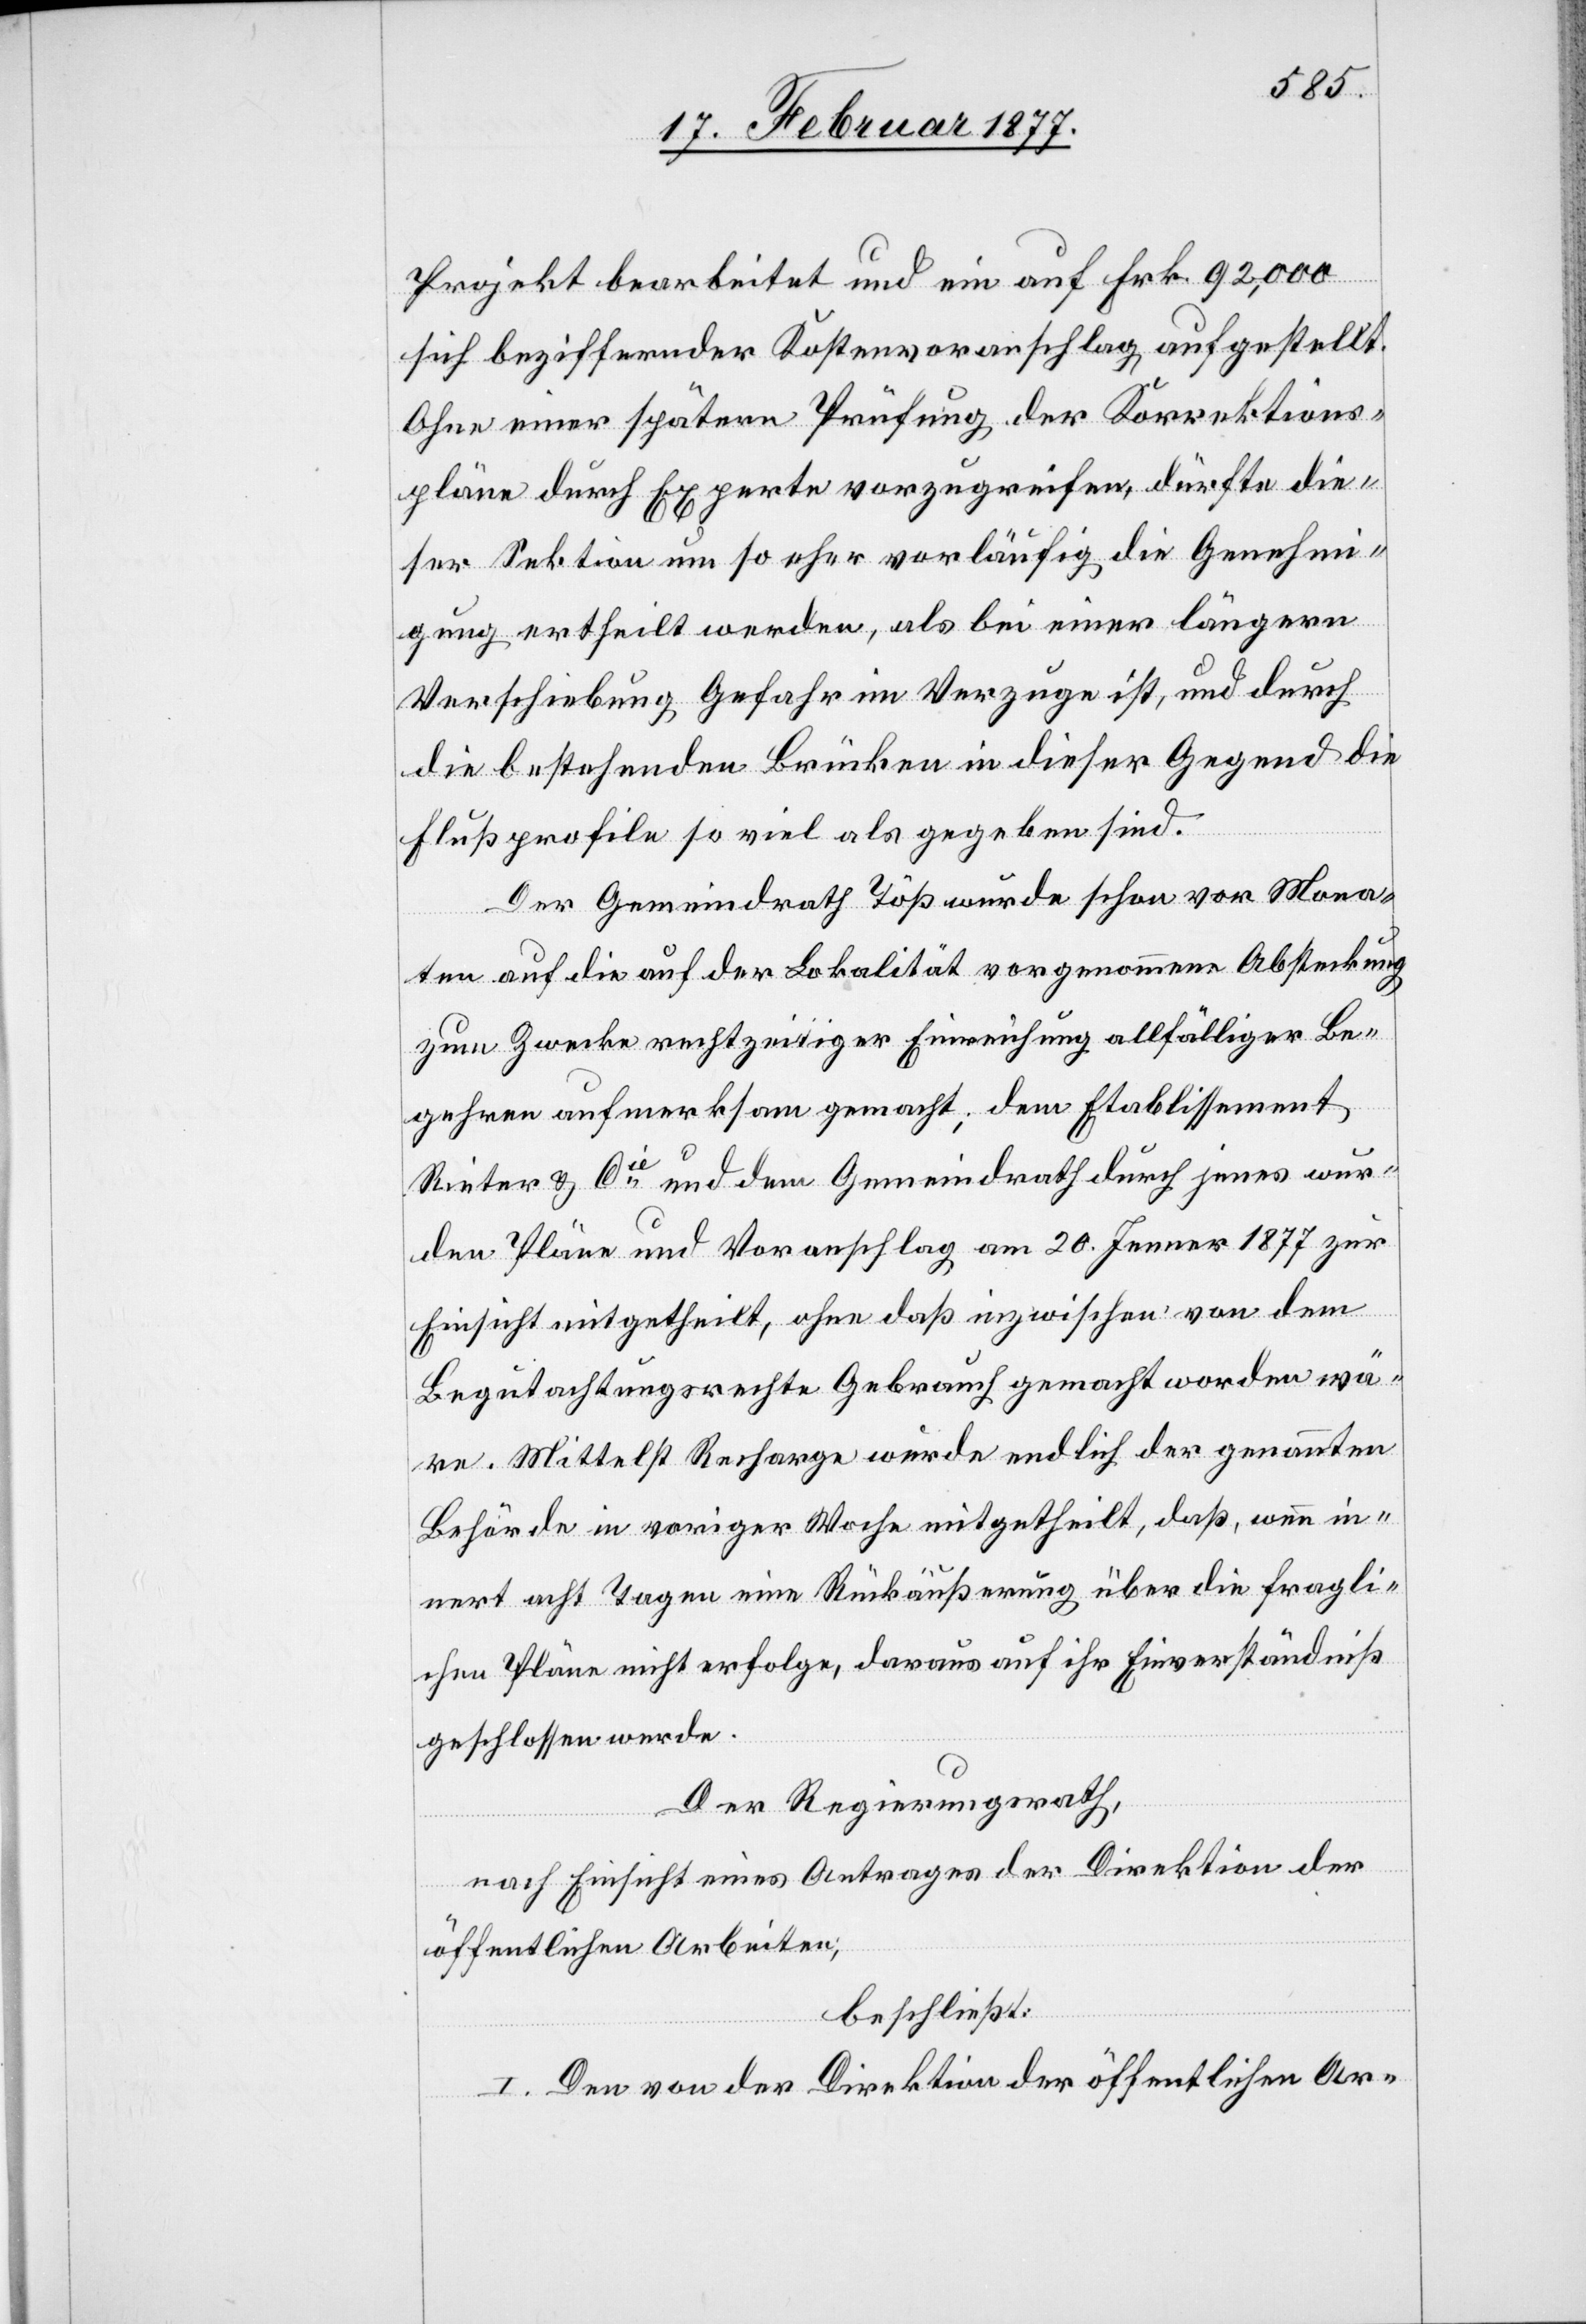
Projekt bearbeitet und ein auf Frk. 92,000
sich beziffernder Kostenvoranschlag aufgestellt.
Ohne einer spätern Prüfung der Korrektions¬
pläne durch Experten vorzugreifen, dürften die¬
ser Sektion um so eher vorläufig die Genehmi¬
gung ertheilt werden, als bei einer längern
Verschiebung Gefahr im Verzuge ist, und durch
die bestehenden Brücken in dieser Gegend die
Flußprofile so viel als gegeben sind.
Der Gemeindrath Töß wurde schon vor Mona¬
ten auf die auf der Lokalität vorgenommene Absenkung
zum Zwecke rechtzeitiger Einreichung allfälliger Be¬
gehren aufmerksam gemacht; dem Etablissement
Rieter & Cie und dem Gemeindrath durch jenes wur¬
den Pläne und Voranschlag am 20. Jenner 1877 zur
Einsicht mitgetheilt, ohne daß inzwischen von dem
Begutachtungsrechte Gebrauch gemacht worden wä¬
re. Mittelst Recharge wurde endlich der genannten
Behörde in voriger Woche mitgetheilt, daß, wenn in¬
nert acht Tagen eine Rückäußerung über die fragli¬
chen Pläne nicht erfolge, daraus auf ihr Einverständniß
geschlossen werde.
Der Regierungsrath,
nach Einsicht eines Antrages der Direktion der
öffentlichen Arbeiten,
beschließt:
I. Den von der Direktion der öffentlichen Ar-